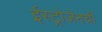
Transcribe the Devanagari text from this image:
ईस्ट्रोजेनची